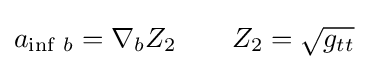
a_{\inf \,b}=\nabla _{b}Z_{2}\qquad Z_{2}={\sqrt {g_{tt}}}